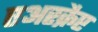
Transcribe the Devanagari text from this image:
एअरक्रैप्ट